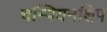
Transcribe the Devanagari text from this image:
चम्पियनशिप